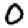
Digit: 0